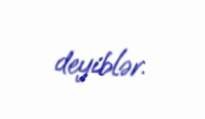
deyiblər.